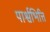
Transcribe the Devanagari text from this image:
पार्श्वभित्ति